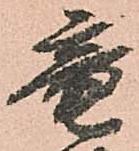
竜